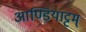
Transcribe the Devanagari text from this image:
आण्डियाट्टम्